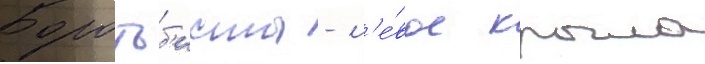
Боротьб'исты - л'е́вое крыло